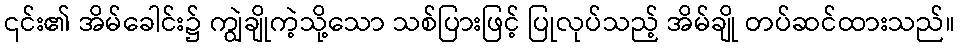
၎င်း၏ အိမ်ခေါင်း၌ ကျွဲချိုကဲ့သို့သော သစ်ပြားဖြင့် ပြုလုပ်သည့် အိမ်ချို တပ်ဆင်ထားသည်။